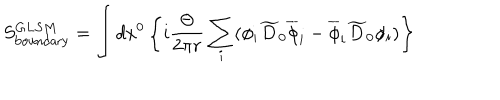
S _ { \mathrm { b o u n d a r y } } ^ { G L S M } = \int d x ^ { 0 } \left\{ i { \frac { \Theta } { 2 \pi r } } \sum _ { i } ( \phi _ { i } \widetilde { D } _ { 0 } \overline { { { \phi } } } _ { i } - \overline { { { \phi } } } _ { i } \widetilde { D } _ { 0 } \phi _ { i } ) \right\}